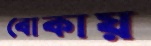
বোকায়